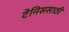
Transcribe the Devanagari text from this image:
टेनिससाठी